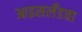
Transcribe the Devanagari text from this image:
आइसलँडचा